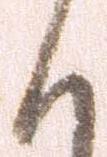
く